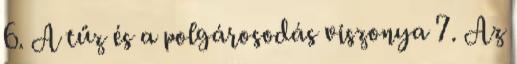
6. A tűz és a polgárosodás viszonya 7. Az